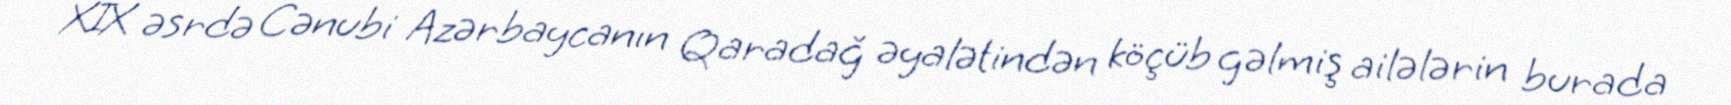
XIX əsrdə Cənubi Azərbaycanın Qaradağ əyalətindən köçüb gəlmiş ailələrin burada